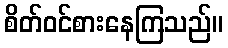
စိတ်ဝင်စားနေကြသည်။